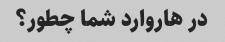
در هاروارد شما چطور؟